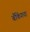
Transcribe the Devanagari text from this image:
बँकिंगचा